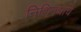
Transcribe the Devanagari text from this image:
निशिगंधाचे